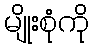
မျိုးစုံကို